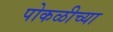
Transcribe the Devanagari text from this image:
पोकळीच्‍या